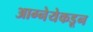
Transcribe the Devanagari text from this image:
आग्नेयेकडून